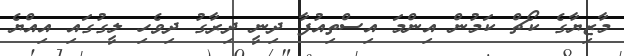
މާޒިޔާގެ ކޯޗް ކަމުން އިންމަ އިސްތިއުފާ ދިނީ ދިރާގު ދިވެހި ލީގުގައި އިއްޔެ